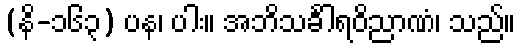
(နိ-၁၆၃) ပန၊ ပါး။ အဘိသင်္ခါရဝိညာဏံ၊ သည်။